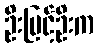
ဦးမြင့်ဦးက